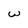
Character: W